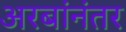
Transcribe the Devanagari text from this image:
अरबांनंतर